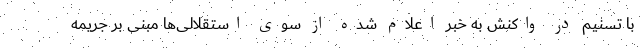
با تسنیم در واکنش به خبر اعلام شده از سوی استقلالی‌ها مبنی بر جریمه